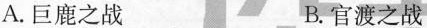
A.巨鹿之战 B.官渡之战